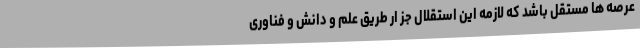
عرصه ها مستقل باشد که لازمه این استقلال جز ار طریق علم و دانش و فناوری